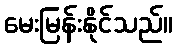
မေးမြန်းနိုင်သည်။